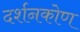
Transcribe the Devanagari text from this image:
दर्शनकोण